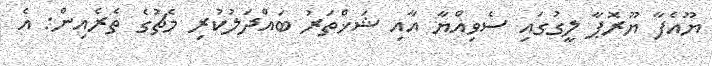
ޔޫއެފާ ޔޫރޮޕާ ލީގުގައި ސެވިއްޔާ އާއި ޝަޚްތަރު ބައްދަލުކުރި މެޗުގެ ތެރެއިން: އެ